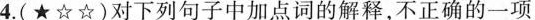
4.(★☆☆)对下列句子中加点词的解释，不正确的一项